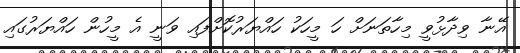
އޭނާ ވިދާޅުވީ މިހާތަނަށް ހަ މީހަކު ހައްޔަރުކޮށްފައި ވަނީ އެ މީހުން ހައްޔަރުގައި